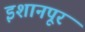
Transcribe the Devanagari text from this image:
इशानपूर